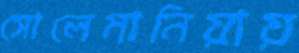
সোলেমানিয়ায়